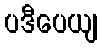
ပဒီပေယျ